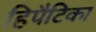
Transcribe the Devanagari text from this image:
हिपैटिका